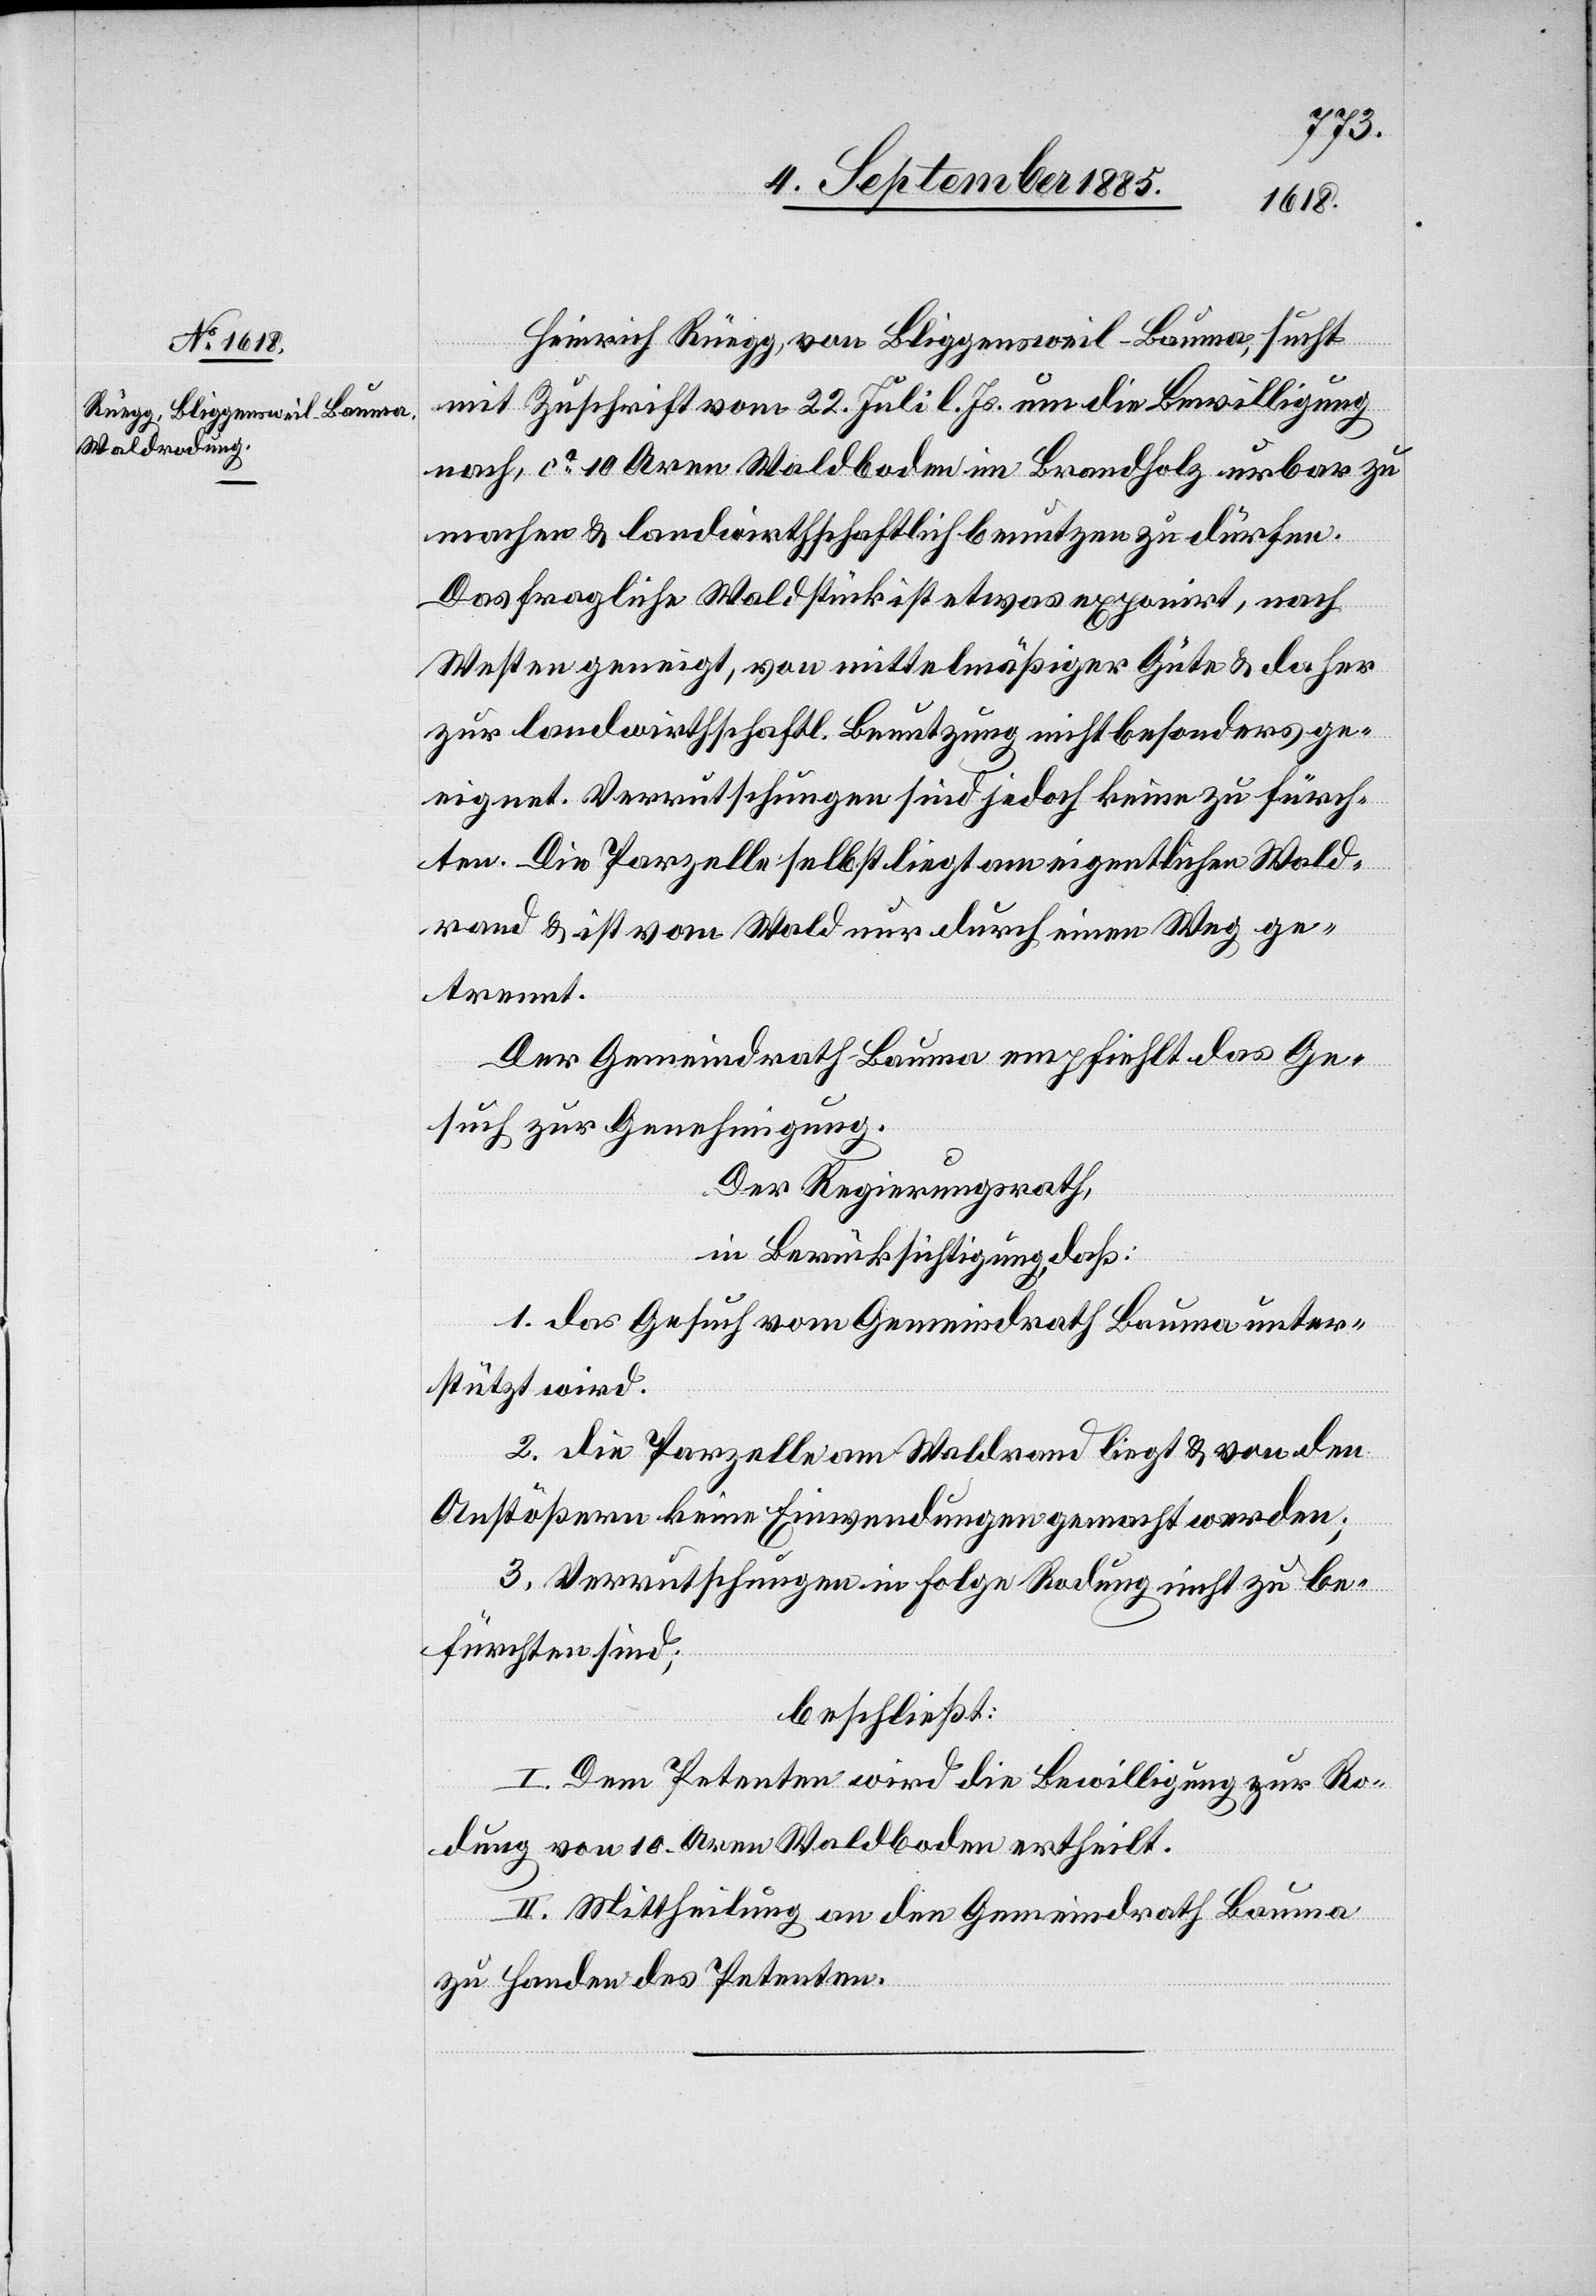
Heinrich Rüegg, von Bliggensweil - Bauma, sucht
mit Zuschrift vom 22. Juli l. Js. um die Bewilligung
nach, ca 10 Aren Waldboden im Brandholz urbar zu
machen & landwirthschaftlich benutzen zu dürfen.
Das fragliche Waldstück ist etwas exponirt, nach
Westen geneigt, von mittelmäßiger Güte & daher
zur landwirthschaftl. Benutzung nicht besonders ge¬
eignet. Verrutschungen sind jedoch keine zu fürch¬
ten. Die Parzelle selbst liegt am eigentlichen Wald¬
rand & ist vom Wald nur durch einen Weg ge¬
trennt.
Der Gemeindrath Bauma empfiehlt das Ge¬
such zur Genehmigung.
Der Regierungsrath,
in Berücksichtigung, daß:
1. das Gesuch vom Gemeindrath Bauma unter¬
stützt wird.
2. die Parzelle am Waldrand liegt & von den
Antstößern keine Einwendungen gemacht werden;
3. Verrutschungen in Folge Rodung nicht zu be¬
fürchten sind;
beschließt:
I. Dem Petenten wird die Bewilligung zur Ro¬
dung von 10 Aren Waldboden ertheilt.
II. Mittheilung an den Gemeindrath Bauma
zu Handen des Petenten.